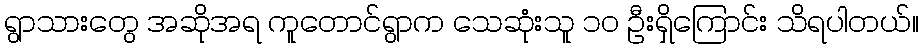
ရွာသားတွေ အဆိုအရ ကူတောင်ရွာက သေဆုံးသူ ၁၀ ဦးရှိကြောင်း သိရပါတယ်။